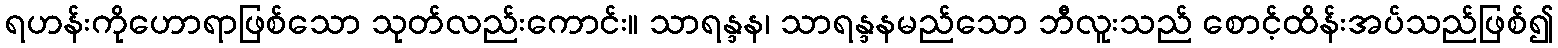
ရဟန်းကိုဟောရာဖြစ်သော သုတ်လည်းကောင်း။ သာရန္ဒန၊ သာရန္ဒနမည်သော ဘီလူးသည် စောင့်ထိန်းအပ်သည်ဖြစ်၍